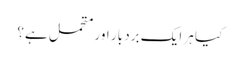
کیا ہر ایک برد بار اور متحمل ہے؟